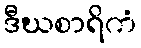
ဒီဃစာရိကံ